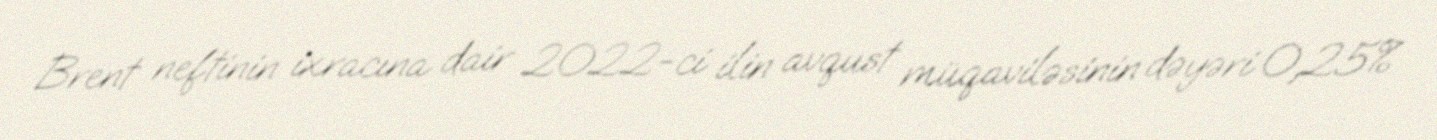
Brent neftinin ixracına dair 2022-ci ilin avqust müqaviləsinin dəyəri 0,25%